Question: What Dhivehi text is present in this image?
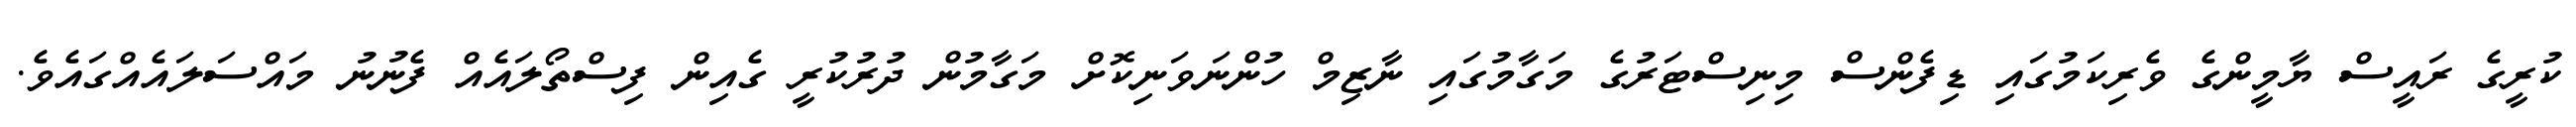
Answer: ކުރީގެ ރައީސް ޔާމީންގެ ވެރިކަމުގައި ޑިފެންސް މިނިސްޓަރުގެ މަގާމުގައި ނާޒިމް ހުންނަވަނިކޮށް މަގާމުން ދުރުކުރީ ގެއިން ފިސްތޯލައެއް ފެނުނު މައްސަލައެއްގައެވެ.